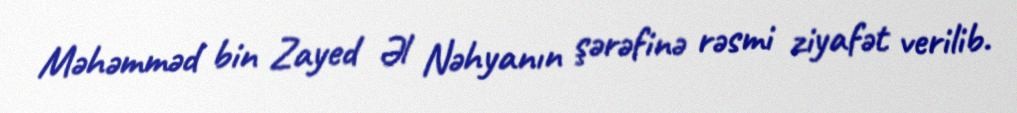
Məhəmməd bin Zayed Əl Nəhyanın şərəfinə rəsmi ziyafət verilib.